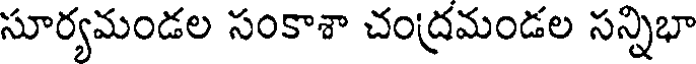
సూర్యమండల సంకాశా చంద్రమండల సన్నిభా